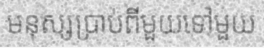
មនុស្សប្រាប់ពីមួយទៅមួយ